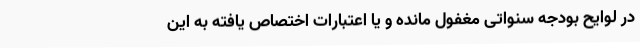
در لوایح بودجه سنواتی مغفول مانده و یا اعتبارات اختصاص یافته به این